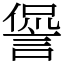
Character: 諐